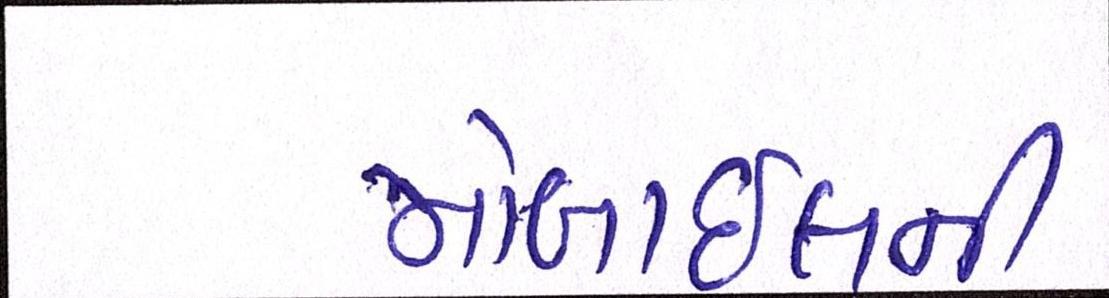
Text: મોબાઇલની